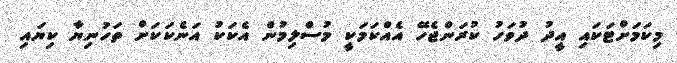
މިކަމަށްޓަކައި އީދު ދުވަހު ކުރަންޖެހޭ އެއްކަމަކީ މުސްލިމުން އެކަކު އަނެކަކަށް ތަހުނިޔާ ކިޔައި